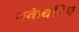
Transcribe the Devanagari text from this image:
मकेचनिए